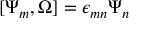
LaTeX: [ \Psi _ { m } , \Omega ] = \epsilon _ { m n } \Psi _ { n }